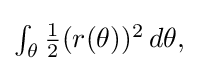
{\textstyle \int _{\theta }{\tfrac {1}{2}}(r(\theta ))^{2}\,d\theta ,}